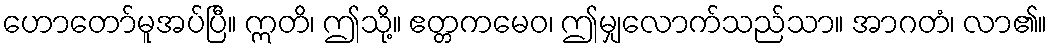
ဟောတော်မူအပ်ပြီ။ ဣတိ၊ ဤသို့။ ဧတ္တကမေဝ၊ ဤမျှလောက်သည်သာ။ အာဂတံ၊ လာ၏။